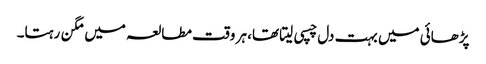
پڑھائی میں بہت دل چسپی لیتا تھا، ہر وقت مطالعہ میں مگن رہتا۔